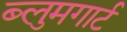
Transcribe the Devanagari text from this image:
ब्लुमगार्ट